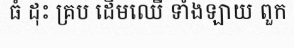
ធំ ដុះ គ្រប ដើមឈើ ទាំងឡាយ ពួក